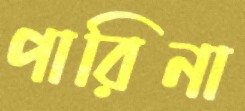
পারিনা